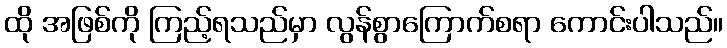
ထို အဖြစ်ကို ကြည့်ရသည်မှာ လွန်စွာကြောက်စရာ ကောင်းပါသည်။